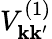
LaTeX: V_{\mathbf{k}\mathbf{k}^{\prime}}^{(1)}